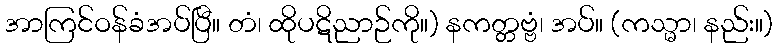
အာကြင်ဝန်ခံအပ်ပြီ။ တံ၊ ထိုပဋိညာဉ်ကို။) နကတ္တဗ္ဗံ၊ အပ်။ (ကသ္မာ၊ နည်း။)